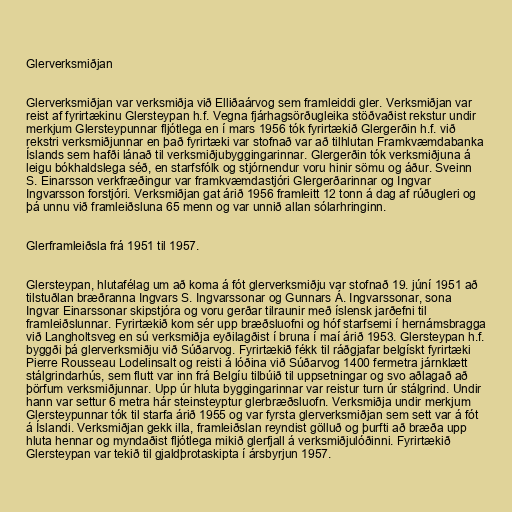
Glerverksmiðjan

Glerverksmiðjan var verksmiðja við Elliðaárvog sem framleiddi gler. Verksmiðjan var
reist af fyrirtækinu Glersteypan h.f. Vegna fjárhagsörðugleika stöðvaðist rekstur undir
merkjum Glersteypunnar fljótlega en í mars 1956 tók fyrirtækið Glergerðin h.f. við
rekstri verksmiðjunnar en það fyrirtæki var stofnað var að tilhlutan Framkvæmdabanka
Íslands sem hafði lánað til verksmiðjubyggingarinnar. Glergerðin tók verksmiðjuna á
leigu bókhaldslega séð, en starfsfólk og stjórnendur voru hinir sömu og áður. Sveinn
S. Einarsson verkfræðingur var framkvæmdastjóri Glergerðarinnar og Ingvar
Ingvarsson forstjóri. Verksmiðjan gat árið 1956 framleitt 12 tonn á dag af rúðugleri og
þá unnu við framleiðsluna 65 menn og var unnið allan sólarhringinn.

Glerframleiðsla frá 1951 til 1957.

Glersteypan, hlutafélag um að koma á fót glerverksmiðju var stofnað 19. júní 1951 að
tilstuðlan bræðranna Ingvars S. Ingvarssonar og Gunnars Á. Ingvarssonar, sona
Ingvar Einarssonar skipstjóra og voru gerðar tilraunir með íslensk jarðefni til
framleiðslunnar. Fyrirtækið kom sér upp bræðsluofni og hóf starfsemi í hernámsbragga
við Langholtsveg en sú verksmiðja eyðilagðist í bruna í maí árið 1953. Glersteypan h.f.
byggði þá glerverksmiðju við Súðarvog. Fyrirtækið fékk til ráðgjafar belgískt fyrirtæki
Pierre Rousseau Lodelinsalt og reisti á lóðina við Súðarvog 1400 fermetra járnklætt
stálgrindarhús, sem flutt var inn frá Belgíu tilbúið til uppsetningar og svo aðlagað að
þörfum verksmiðjunnar. Upp úr hluta byggingarinnar var reistur turn úr stálgrind. Undir
hann var settur 6 metra hár steinsteyptur glerbræðsluofn. Verksmiðja undir merkjum
Glersteypunnar tók til starfa árið 1955 og var fyrsta glerverksmiðjan sem sett var á fót
á Íslandi. Verksmiðjan gekk illa, framleiðslan reyndist gölluð og þurfti að bræða upp
hluta hennar og myndaðist fljótlega mikið glerfjall á verksmiðjulóðinni. Fyrirtækið
Glersteypan var tekið til gjaldþrotaskipta í ársbyrjun 1957.